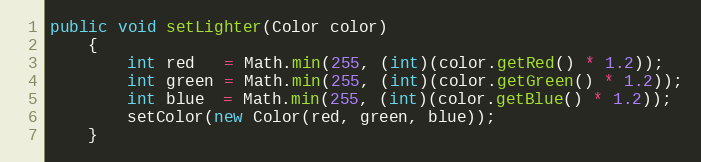
Language: Java
public void setLighter(Color color)
	{
		int red   = Math.min(255, (int)(color.getRed() * 1.2));
		int green = Math.min(255, (int)(color.getGreen() * 1.2));
		int blue  = Math.min(255, (int)(color.getBlue() * 1.2));
		setColor(new Color(red, green, blue));
	}